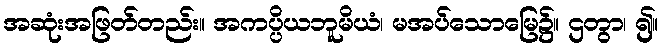
အဆုံးအဖြတ်တည်း။ အကပ္ပိယဘူမိယံ၊ မအပ်သောမြေ၌။ ဌတွာ၊ ၍။